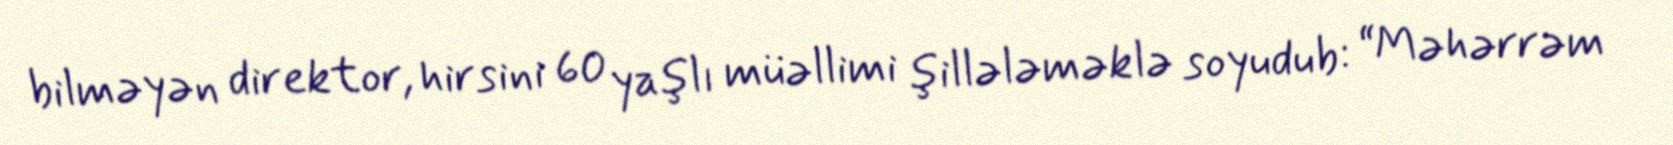
bilməyən direktor, hirsini 60 yaşlı müəllimi şillələməklə soyudub: “Məhərrəm